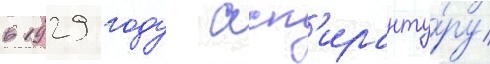
в 1929 году асп'иранту́ру